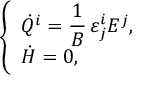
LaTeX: \begin{array} { c c c } { { \left\{ \begin{array} { l } { { \displaystyle \dot { Q } ^ { i } = \frac { 1 } { B } \, \varepsilon _ { j } ^ { i } E ^ { j } , } } \\ { { \dot { H } = 0 , } } \end{array} \right. } } \end{array}